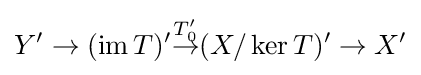
Y'\to (\operatorname {im} T)'{\overset {T_{0}'}{\to }}(X/\operatorname {ker} T)'\to X'